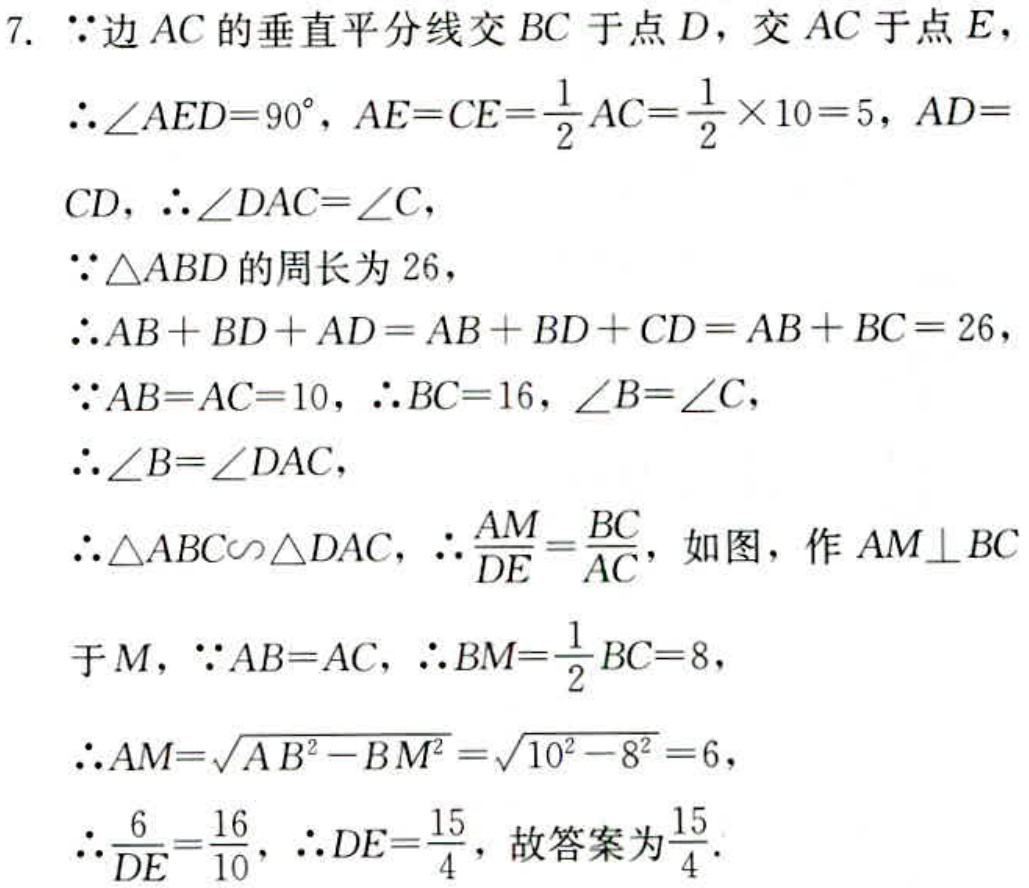
7.  \(\because\)边 \(AC\) 的垂直平分线交 \(BC\) 于点 \(D\)，交 \(AC\) 于点 \(E\)，
\(\therefore\angle AED = 90^{\circ}\)，\(AE = CE=\frac{1}{2}AC=\frac{1}{2}\times10 = 5\)，\(AD = CD\)，\(\therefore\angle DAC=\angle C\)，
\(\because\triangle ABD\) 的周长为 \(26\)，
\(\therefore AB + BD + AD=AB + BD + CD = AB + BC = 26\)，
\(\because AB = AC = 10\)，\(\therefore BC = 16\)，\(\angle B=\angle C\)，
\(\therefore\angle B=\angle DAC\)，
\(\therefore\triangle ABC\sim\triangle DAC\)，\(\therefore\frac{AM}{DE}=\frac{BC}{AC}\)，如图，作 \(AM\perp BC\) 于 \(M\)，\(\because AB = AC\)，\(\therefore BM=\frac{1}{2}BC = 8\)，
\(\therefore AM=\sqrt{AB^{2}-BM^{2}}=\sqrt{10^{2}-8^{2}} = 6\)，
\(\therefore\frac{6}{DE}=\frac{16}{10}\)，\(\therefore DE=\frac{15}{4}\)，故答案为\(\frac{15}{4}\)。